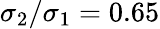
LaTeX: \sigma_{2}/\sigma_{1}=0.65